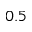
0 . 5